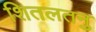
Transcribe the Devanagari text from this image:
शितलतनु